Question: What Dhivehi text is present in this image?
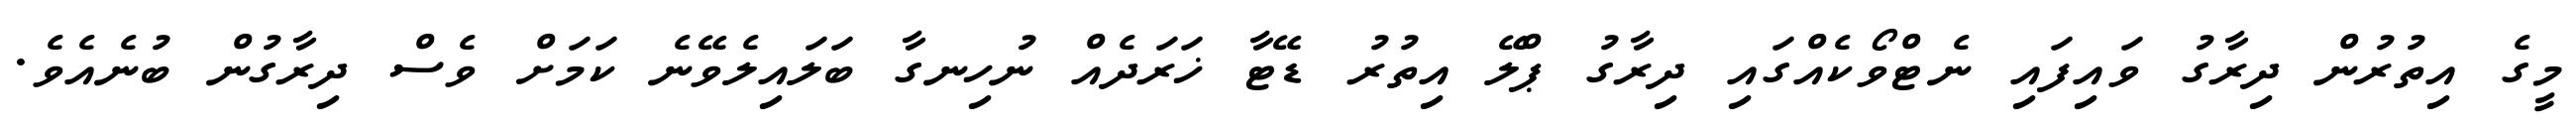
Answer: މީގެ އިތުރުން ދިރާގު ވައިފައި ނެޓްވޯކެއްގައި ދިރާގު ޕްލޭ އިތުރު ޑޭޓާ ޚަރަދެއް ނުހިނގާ ބަލައިލެވޭނެ ކަމަށް ވެސް ދިރާގުން ބުނެއެވެ.